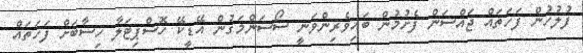
ފުލުހުން ފަހަތައް ޖައްސަން ފެށުމުން ބައިވެރިންވަނީ ސޯސަންމަގުން އޭޑީކޭ ހޮސްޕިޓަލާ ހިސާބަށް ފަހަތައް